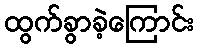
ထွက်ခွာခဲ့ကြောင်း